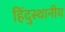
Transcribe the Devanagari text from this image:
हिंदुस्थानीय